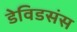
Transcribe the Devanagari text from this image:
डेविडसंस